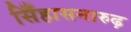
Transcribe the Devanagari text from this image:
सिँहासनारुढ़